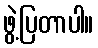
ဖွဲ့ပြတာပါ။